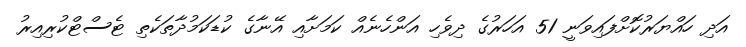
އަދި ހައްޔަރުކޮށްފައިވަނީ 51 އަހަރުގެ ދިވެހި އަންހެނެއް ކަމަށާއި އޭނާގެ ކުޑަކަމުދާތަކެތި ޓެސްޓްކުރިއިރު